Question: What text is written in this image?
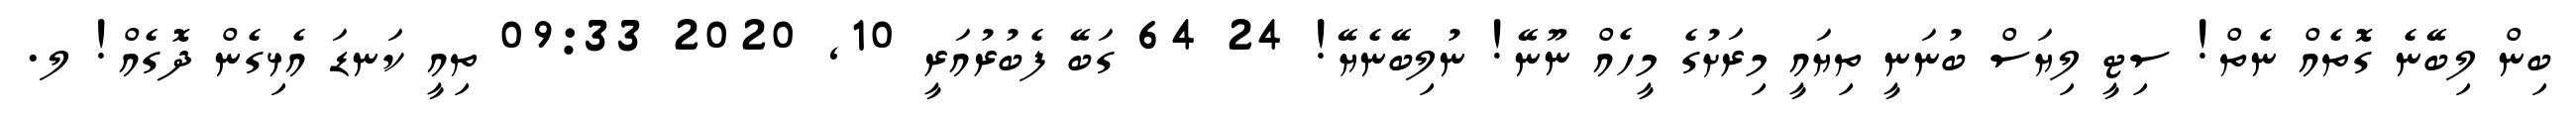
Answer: ބިން ލިބޭނެ ގޮތެއް ނެތް! ސިޓީ ލިޔަސް ބުނަނީ ތިޔައީ މިރަށުގެ މީހެއް ނޫނޭ! ނުލިބޭނެޔޭ! 24 64 ގަބޭ ފެބުރުއަރީ 10, 2020 09:33 ތިއީ ކަނޑަ އެޅިގެން ދޮގެއް! ލ.